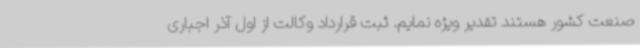
صنعت کشور هستند تقدیر ویژه‌ نمایم. ثبت قرارداد وکالت از اول آذر اجباری